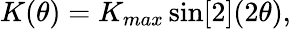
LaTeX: K(\theta)=K_{max}\sin[2](2\theta),